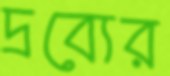
দ্রব্যের